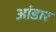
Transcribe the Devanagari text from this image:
आंडार